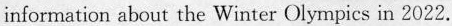
information about the Winter Olympics in 2022.